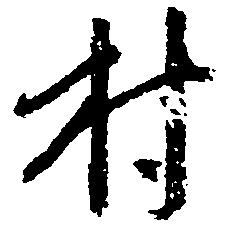
村